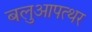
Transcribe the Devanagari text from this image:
बलुआपत्थर